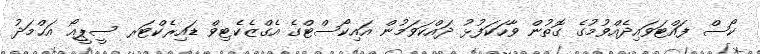
ކޯސް ފައްޓަވައިދެއްވުމުގެ ގޮތުން ވާހަކަފުޅު ދައްކަވަމުން އައިކޯސްޓްގެ އެގްޒެކެޓިވް ޑައިރެކްޓަރ ސީޕީއޯ އަޙްމަދު